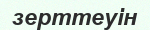
зерттеуін